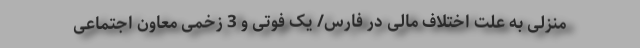
منزلی به علت اختلاف مالی در فارس/ یک فوتی و 3 زخمی معاون اجتماعی